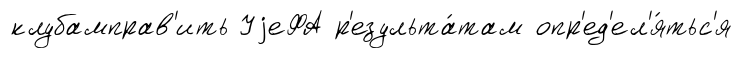
клубамправ'ить УjеФА р'езульта́там опр'ед'ел'я́тьс'я